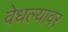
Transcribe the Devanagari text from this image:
वेधल्यावर